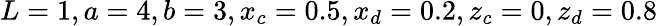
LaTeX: L=1,a=4,b=3,x_{c}=0.5,x_{d}=0.2,z_{c}=0,z_{d}=0.8